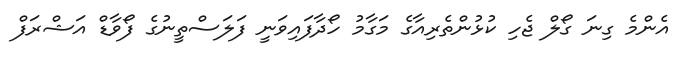
އެންމެ ގިނަ ގޯލް ޖެހި ކުޅުންތެރިއާގެ މަގާމު ހޯދާފައިވަނީ ފަލަސްތީނުގެ ފޯވާޑް އަޝްރަފް